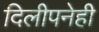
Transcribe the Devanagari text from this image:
दिलीपनेही